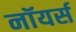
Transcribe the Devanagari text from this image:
नॉयर्स